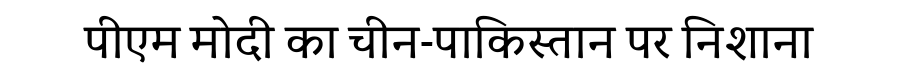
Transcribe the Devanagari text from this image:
पीएम मोदी का चीन-पाकिस्तान पर निशाना